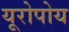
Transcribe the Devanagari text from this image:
यूरोपोय